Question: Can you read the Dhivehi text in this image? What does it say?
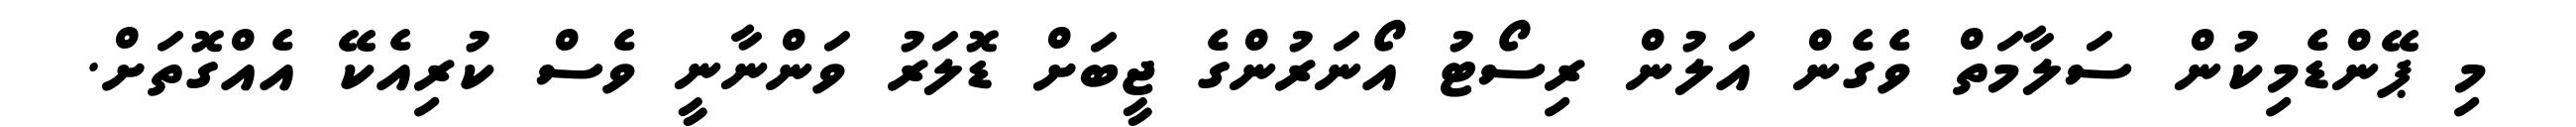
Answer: މި ޕޭންޑެމިކުން ސަލާމަތް ވެގެން އަލުން ރިސޯޓު އޯނަރުންގެ ޖީބަށް ޑޮލަރު ވަންނާނީ ވެސް ކުރިއެކޭ އެއްގޮތަށް.